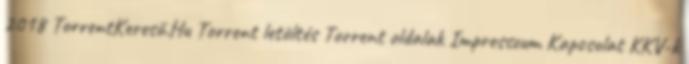
2018 TorrentKereső.Hu Torrent letöltés Torrent oldalak Impresszum Kapcsolat KKV-k